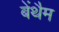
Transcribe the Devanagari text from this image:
बेंथैम